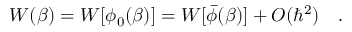
W ( \beta ) = W [ \phi _ { 0 } ( \beta ) ] = W [ \bar { \phi } ( \beta ) ] + O ( \hbar ^ { 2 } ) ~ ~ ~ .